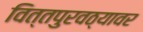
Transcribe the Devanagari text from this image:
वित्तपुरवठ्यावर